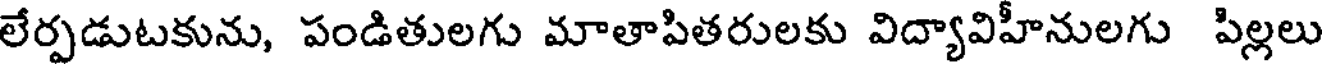
లేర్పడుటకును, పండితులగు మాతాపితరులకు విద్యావిహీనులగు పిల్లలు